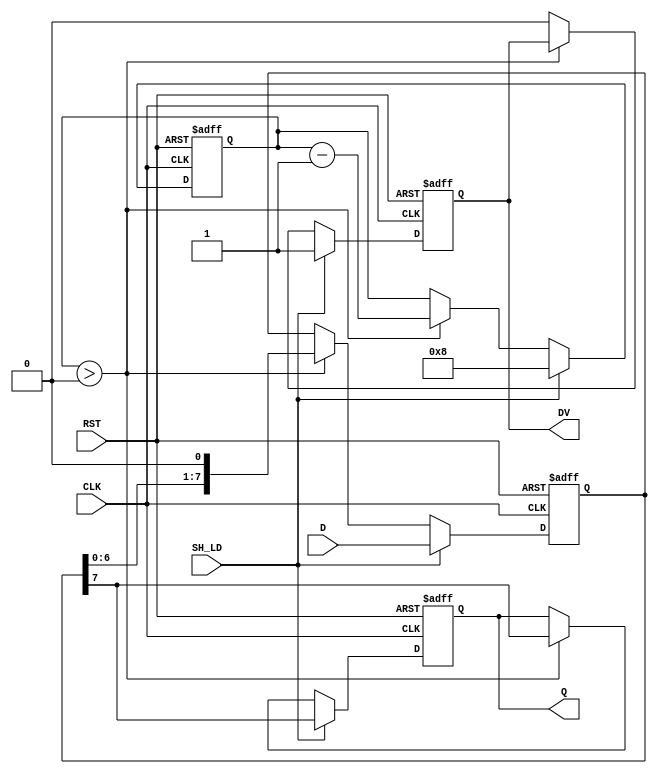
module PISO_Register #(
    parameter n = 8  // Parameter for the width of the register
)(
    input wire [n-1:0] D,      // Parallel data input
    input wire SH_LD,          // Shift/Load control signal
    input wire CLK,            // Clock signal
    input wire RST,            // Asynchronous reset signal
    output reg Q,              // Serial output
    output reg DV              // Data valid signal
);

    reg [n-1:0] shift_reg;     // Internal n-bit shift register
    reg [3:0] count;           // Counter to track the number of shifts

    always @(posedge CLK or posedge RST) begin
        if (RST) begin
            // Asynchronous reset
            shift_reg <= 0;
            Q <= 0;
            DV <= 0;
            count <= 0;
        end else begin
            if (SH_LD) begin
                // Load mode
                shift_reg <= D;           // Load parallel data
                Q <= shift_reg[n-1];     // Output the MSB
                DV <= 1;                 // Data valid is asserted
                count <= n;              // Set count to the width of the register
            end else begin
                // Shift mode
                if (count > 0) begin
                    Q <= shift_reg[n-1];  // Output the MSB
                    shift_reg <= {shift_reg[n-2:0], 1'b0}; // Shift right
                    count <= count - 1;   // Decrement the counter
                end else begin
                    DV <= 0;               // De-assert data valid when done shifting
                end
            end
        end
    end

endmodule